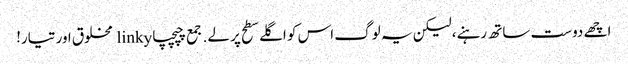
اچھے دوست ساتھ رہنے، لیکن یہ لوگ اس کو اگلے سطح پر لے. جمع چپچپا linky مخلوق اور تیار!